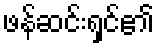
ဖန်ဆင်းရှင်၏